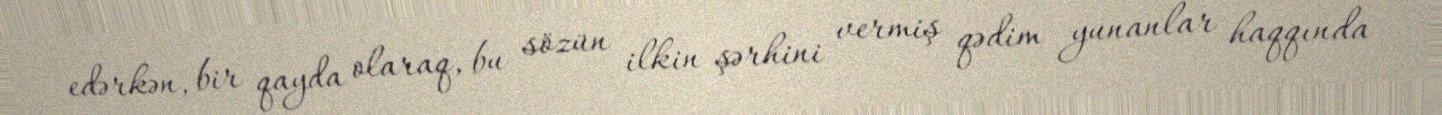
edərkən, bir qayda olaraq, bu sözün ilkin şərhini vermiş qədim yunanlar haqqında